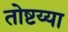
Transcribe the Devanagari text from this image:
तोष्टय्या